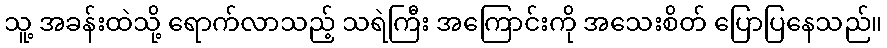
သူ့ အခန်းထဲသို့ ရောက်လာသည့် သရဲကြီး အကြောင်းကို အသေးစိတ် ပြောပြနေသည်။